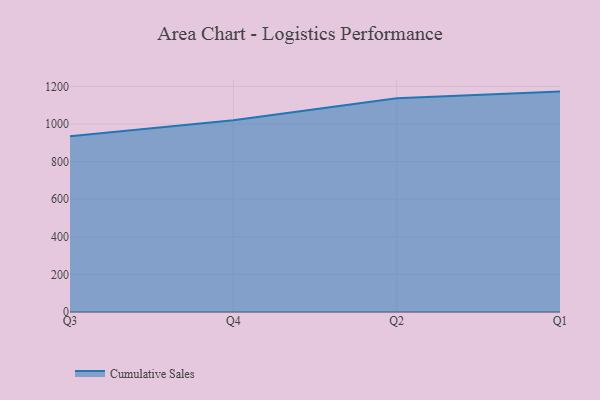
{"axis": {"x": "Quarter", "y": "Bounce Rate (%)"}, "legend": ["Cumulative Sales"], "data": [{"x": "Q3", "y": 935.1, "type": "Cumulative Sales"}, {"x": "Q4", "y": 1020.7, "type": "Cumulative Sales"}, {"x": "Q2", "y": 1137.1, "type": "Cumulative Sales"}, {"x": "Q1", "y": 1173.0, "type": "Cumulative Sales"}]}